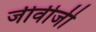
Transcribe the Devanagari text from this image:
जीवीजी